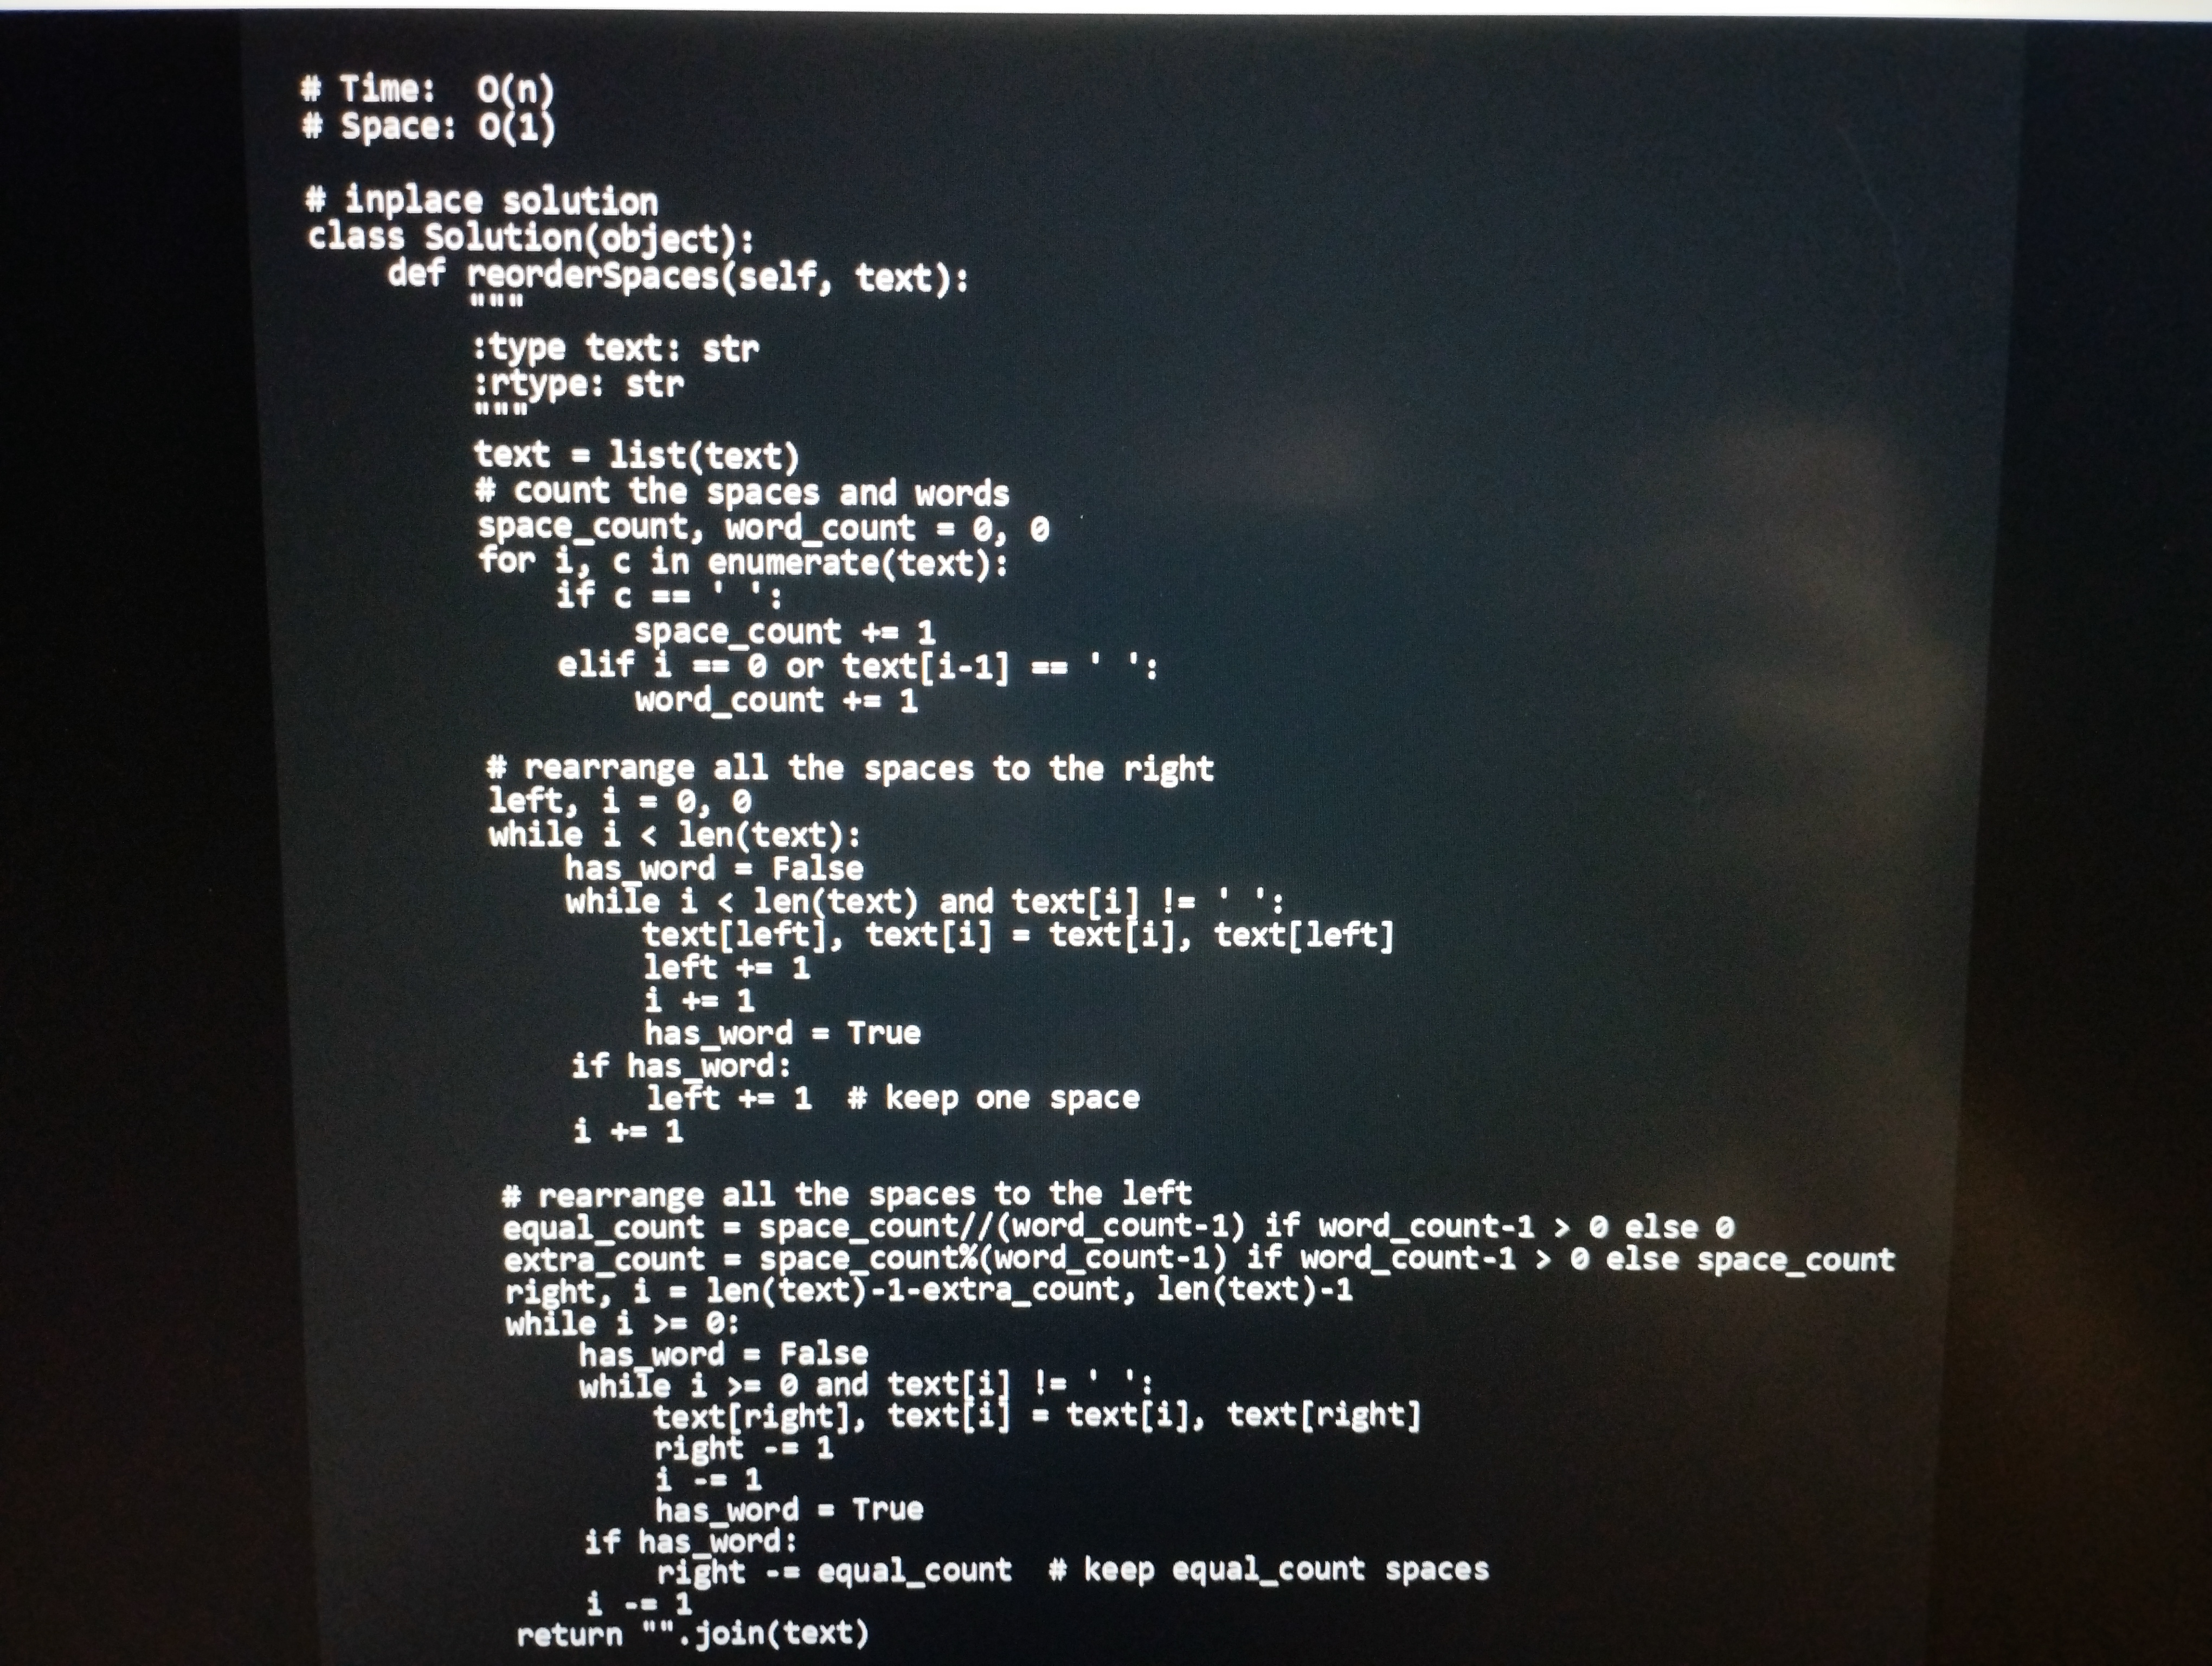
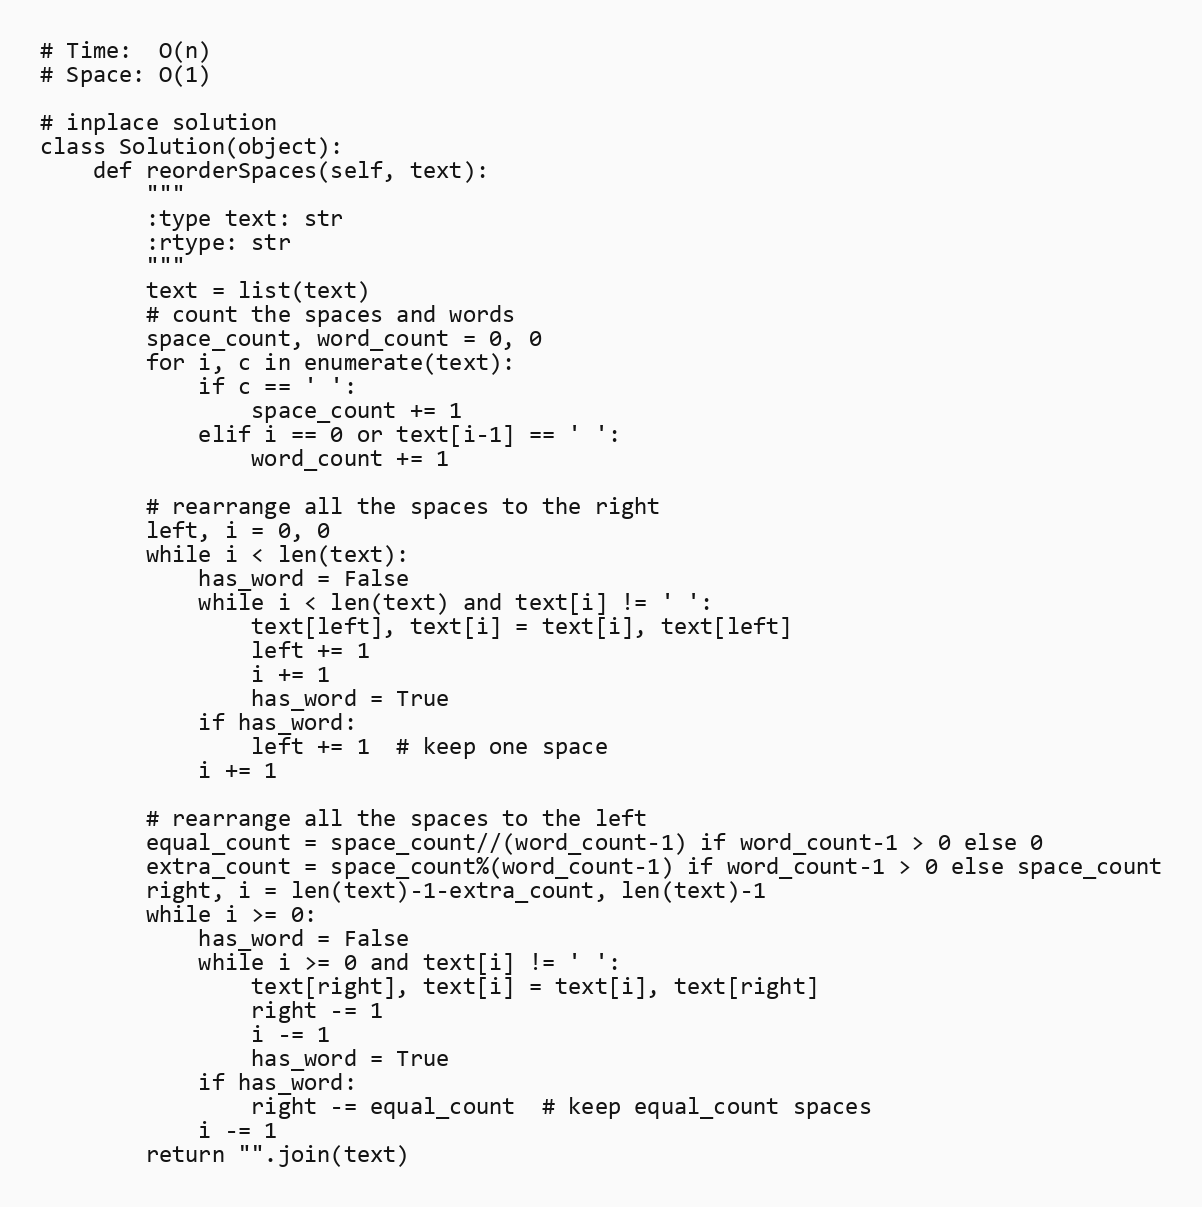
# Time:  O(n)
# Space: O(1)

# inplace solution
class Solution(object):
    def reorderSpaces(self, text):
        """
        :type text: str
        :rtype: str
        """
        text = list(text)
        # count the spaces and words
        space_count, word_count = 0, 0
        for i, c in enumerate(text):
            if c == ' ':
                space_count += 1
            elif i == 0 or text[i-1] == ' ':
                word_count += 1

        # rearrange all the spaces to the right
        left, i = 0, 0
        while i < len(text):
            has_word = False
            while i < len(text) and text[i] != ' ':
                text[left], text[i] = text[i], text[left]
                left += 1
                i += 1
                has_word = True
            if has_word:
                left += 1  # keep one space
            i += 1

        # rearrange all the spaces to the left
        equal_count = space_count//(word_count-1) if word_count-1 > 0 else 0
        extra_count = space_count%(word_count-1) if word_count-1 > 0 else space_count
        right, i = len(text)-1-extra_count, len(text)-1
        while i >= 0:
            has_word = False
            while i >= 0 and text[i] != ' ':
                text[right], text[i] = text[i], text[right]
                right -= 1
                i -= 1
                has_word = True
            if has_word:
                right -= equal_count  # keep equal_count spaces
            i -= 1
        return "".join(text)